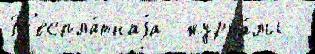
Б'еспла́тнаjа  журна́лы -